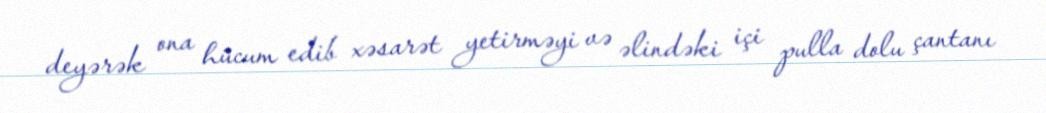
deyərək ona hücum edib xəsarət yetirməyi və əlindəki içi pulla dolu çantanı